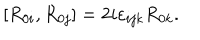
[ R _ { 0 i } , R _ { 0 j } ] = 2 i \varepsilon _ { i j k } R _ { 0 k } .